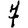
Digit: 7